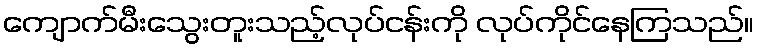
ကျောက်မီးသွေးတူးသည့်လုပ်ငန်းကို လုပ်ကိုင်နေကြသည်။